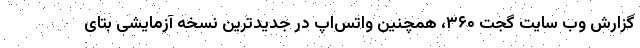
گزارش وب سایت گجت ۳۶۰، همچنین واتس‌اپ در جدیدترین نسخه آزمایشی بتای